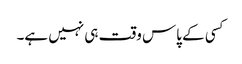
کسی کے پاس وقت ہی نہیں ہے۔